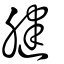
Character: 腱